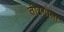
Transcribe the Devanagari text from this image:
तीरगोला